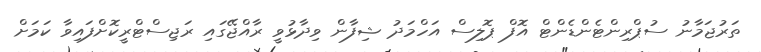
ތަރުޖަމާނު ސުޕްރިންޓެންޑެންޓް އޮފް ޕޮލިސް އަހްމަދު ޝިފާން ވިދާޅުވީ ރާއްޖޭގައި ރަޖިސްޓްރީކޮށްފައިވާ ކަމަށް